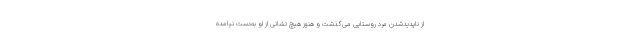
از ناپدیدشدن مرد روستایی می‌گذشت و هنوز هیچ نشانی از او به‌دست نیامده